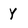
Character: y